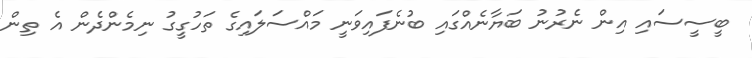
ބީސީސައި އިން ނެރުނު ބަޔާނެއްގައި ބުނެފައިވަނީ މައްސަލައިގެ ތަހުގީގު ނިމެންދެން އެ ތިން